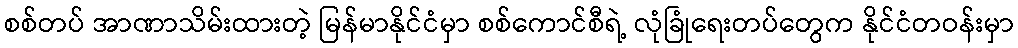
စစ်တပ် အာဏာသိမ်းထားတဲ့ မြန်မာနိုင်ငံမှာ စစ်ကောင်စီရဲ့ လုံခြုံရေးတပ်တွေက နိုင်ငံတဝန်းမှာ